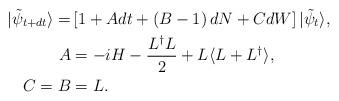
LaTeX: \begin{align*}|\tilde{\psi}_{t+dt}\rangle = & \left[1 + A dt + \left(B-1\right)dN + C dW\right]|\tilde{\psi}_t\rangle, \\A &= -i H - \dfrac{L^{\dagger}L}{2} + L \langle L + L^{\dagger}\rangle ,\\C=B &= L.\end{align*}